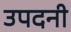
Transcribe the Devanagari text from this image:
उपदनी